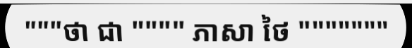
"""ថា ជា """" ភាសា ថៃ """""""